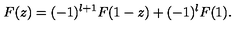
F ( z ) = ( - 1 ) ^ { l + 1 } F ( 1 - z ) + ( - 1 ) ^ { l } F ( 1 ) .